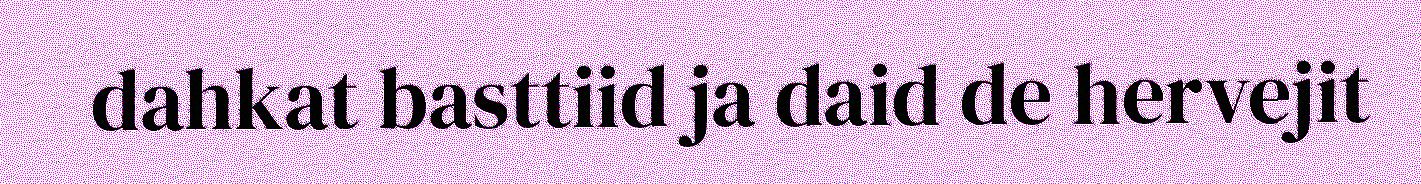
dahkat basttiid ja daid de hervejit